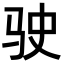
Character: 驶